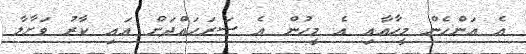
އެ އަންެހެން މީހާއާއި އެ މީހުން އެ ސަރަހައްދަށް އައި ކާރު ވަށާލާ